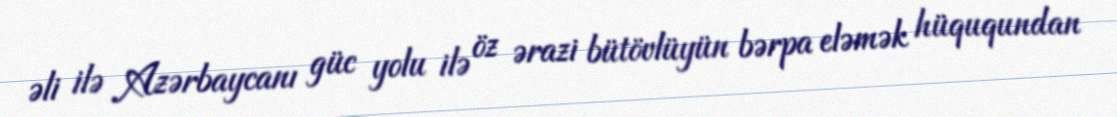
əli ilə Azərbaycanı güc yolu ilə öz ərazi bütövlüyün bərpa eləmək hüququndan